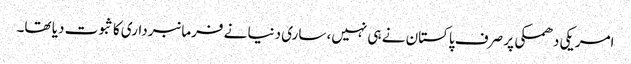
امریکی دھمکی پر صرف پاکستان نے ہی نہیں، ساری دنیا نے فرمانبرداری کا ثبوت دیا تھا۔